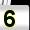
Digit: 5